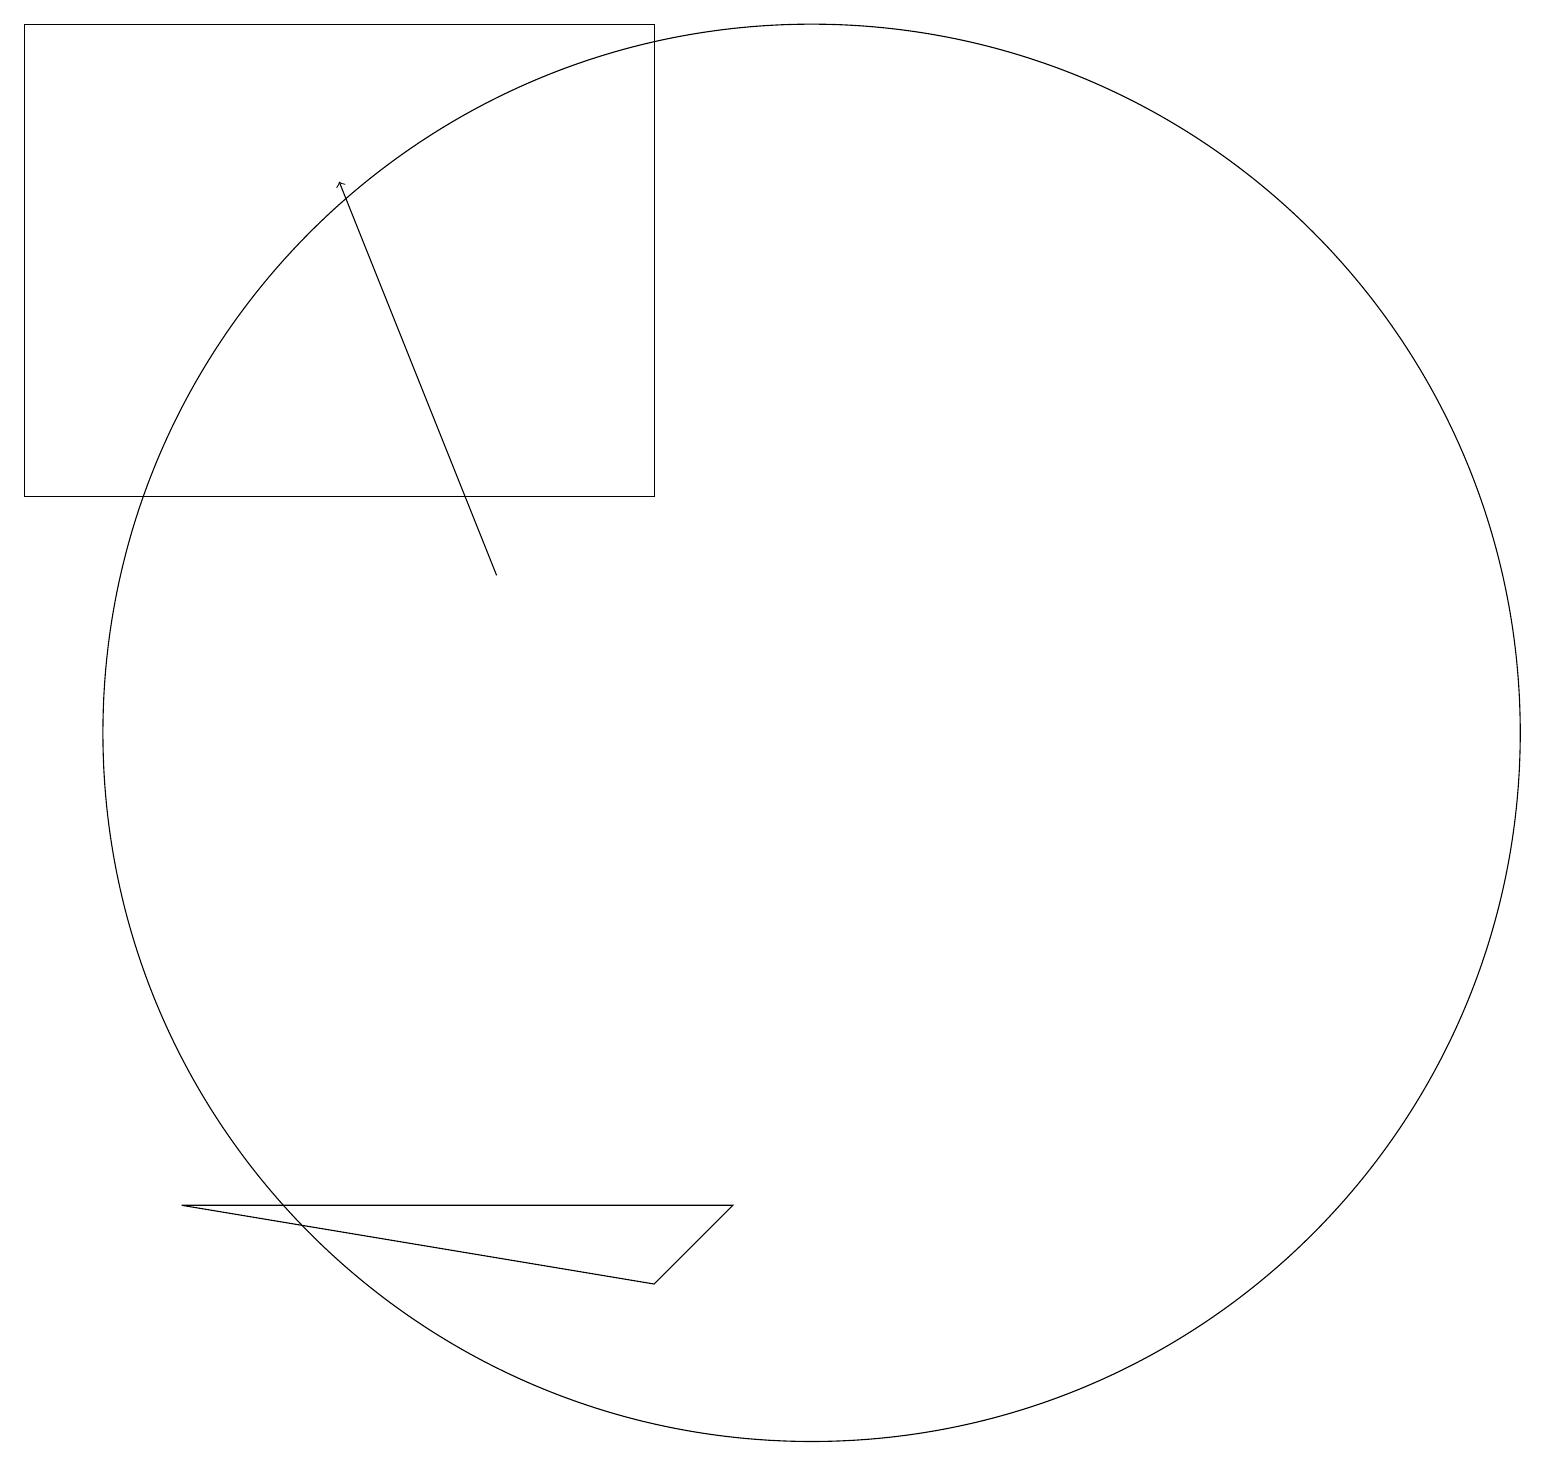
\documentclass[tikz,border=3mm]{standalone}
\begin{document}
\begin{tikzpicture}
\draw[->] (6,12) -- (4,17);
\draw (8,3) -- (9,4) -- (2,4) -- cycle;
\draw (0,13) rectangle (8,19);
\draw (10,11) circle (0);
\draw (10,10) circle (9);
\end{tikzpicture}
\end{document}